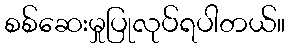
စစ်ဆေးမှုပြုလုပ်ရပါတယ်။